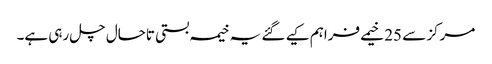
مرکز سے 25 خیمے فراہم کیے گئے یہ خیمہ بستی تاحال چل رہی ہے۔